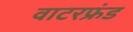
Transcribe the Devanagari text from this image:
वाटरफ्रंड